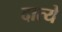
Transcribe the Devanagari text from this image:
दात्ये